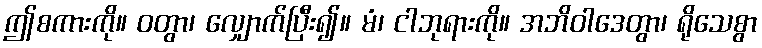
ဤစကားကို။ ဝတွာ၊ လျှောက်ပြီး၍။ မံ၊ ငါဘုရားကို။ အဘိဝါဒေတွာ၊ ရိုသေစွာ